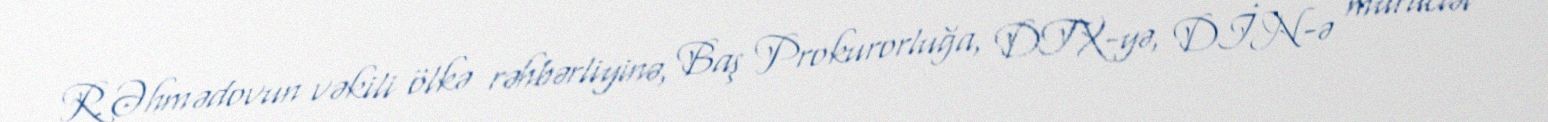
R.Əhmədovun vəkili ölkə rəhbərliyinə, Baş Prokurorluğa, DTX-yə, DİN-ə müraciət